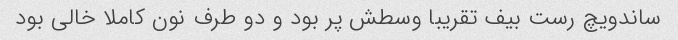
ساندویچ رست بیف تقریبا وسطش پر بود و دو طرف نون کاملا خالی بود